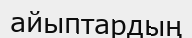
айыптардың